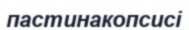
пастинакопсисі